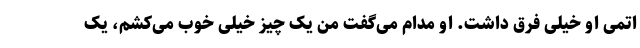
اتمی او خیلی فرق داشت. او مدام می‌گفت من یک چیز خیلی خوب می‌کشم، یک